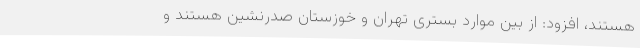
هستند، افزود: از بین موارد بستری تهران و خوزستان صدرنشین هستند و